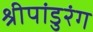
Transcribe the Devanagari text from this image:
श्रीपांडुरंग